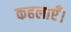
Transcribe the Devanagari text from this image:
कहलाएँ।